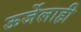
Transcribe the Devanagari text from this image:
ऊर्जेलाही